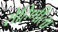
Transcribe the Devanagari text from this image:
रोहिणीला